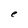
Character: e